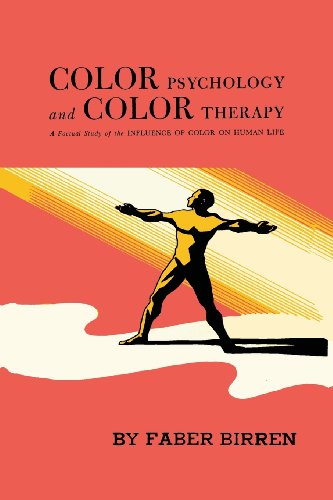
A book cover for Color Psychology and Color Therapy: A Factual Study of the Influence of Color on Human Life; Faber Birren; Medical Books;